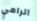
الرامي